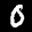
Label: 0